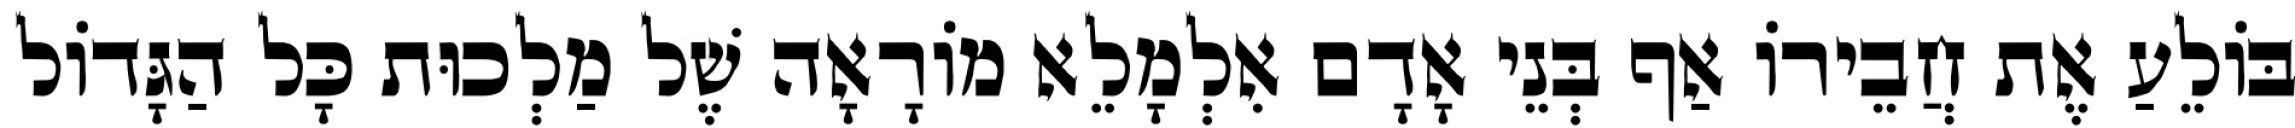
בּוֹלֵעַ אֶת חֲבֵירוֹ אַף בְּנֵי אָדָם אִלְמָלֵא מוֹרָאָה שֶׁל מַלְכוּת כָּל הַגָּדוֹל